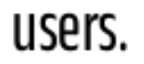
users.